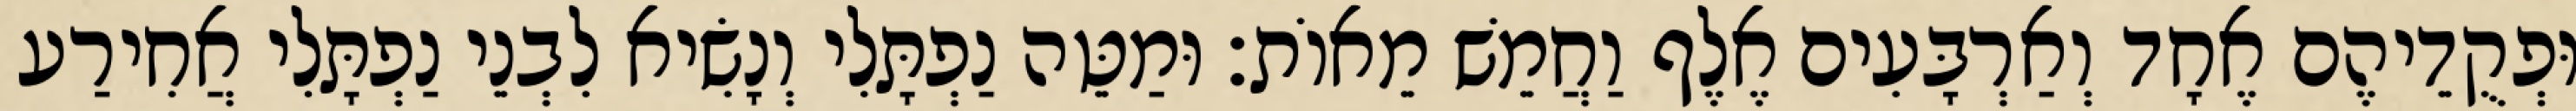
וּפְקֻדֵיהֶם אֶחָד וְאַרְבָּעִים אֶלֶף וַחֲמֵשׁ מֵאוֹת׃ וּמַטֵּה נַפְתָּלִי וְנָשִׂיא לִבְנֵי נַפְתָּלִי אֲחִירַע